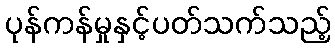
ပုန်ကန်မှုနှင့်ပတ်သက်သည့်